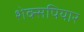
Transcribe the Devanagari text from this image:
शेक्सपियार